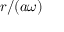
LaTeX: r / ( a \omega )